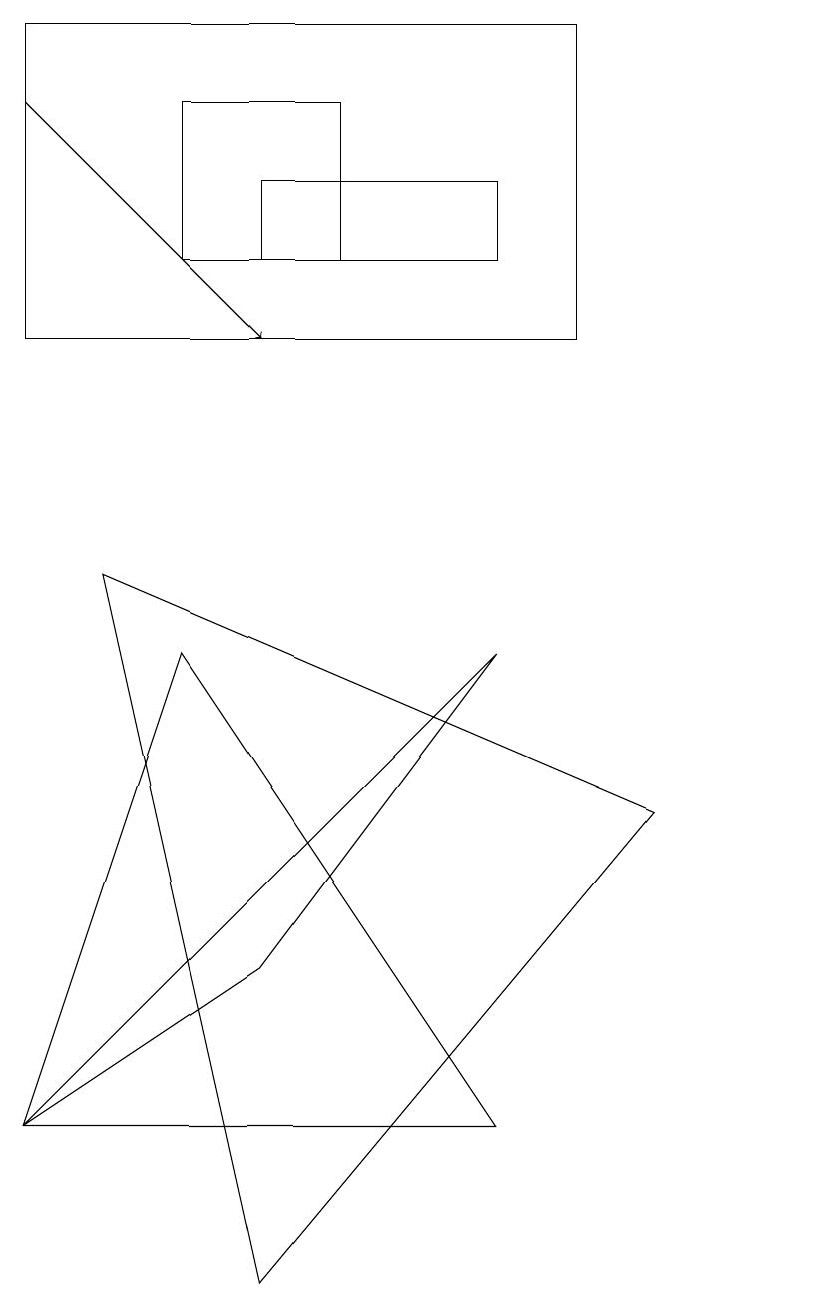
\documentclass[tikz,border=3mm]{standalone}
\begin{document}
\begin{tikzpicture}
\draw (10,11) circle (0);
\draw (3,4) -- (0,2) -- (6,8) -- cycle;
\draw (2,15) rectangle (4,13);
\draw (3,0) -- (1,9) -- (8,6) -- cycle;
\draw (0,16) rectangle (7,12);
\draw (3,14) rectangle (6,13);
\draw[->] (0,15) -- (3,12);
\draw (0,2) -- (2,8) -- (6,2) -- cycle;
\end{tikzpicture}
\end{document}